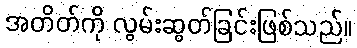
အတိတ်ကို လွမ်းဆွတ်ခြင်းဖြစ်သည်။